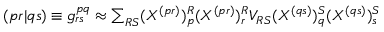
\begin{array} { r } { ( p r | q s ) \equiv g _ { r s } ^ { p q } \approx \sum _ { R S } ( X ^ { ( p r ) } ) _ { p } ^ { R } ( X ^ { ( p r ) } ) _ { r } ^ { R } V _ { R S } ( X ^ { ( q s ) } ) _ { q } ^ { S } ( X ^ { ( q s ) } ) _ { s } ^ { S } } \end{array}